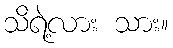
သိရဲ့လား သား။